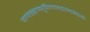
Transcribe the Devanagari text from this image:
षण्णवबाणभूमिगणनादानन्दसंवत्सरे